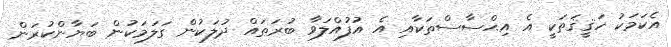
އެކަމަކު ހަޤީޤަތަކީ އެ އިޙްސާސްތަކާއި އެ އުފުއްލަވާ ބުރަތައް ދުލަކުން ގަލަމަކުން ބަޔާންކުރަން